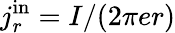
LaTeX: {j_{r}^{\mathrm{{in}}}=I/(2\pi{e}r)}